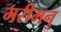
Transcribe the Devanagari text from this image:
मरीमनु